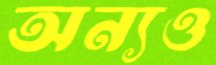
অন্যও